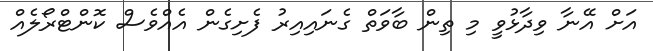
އަށް އޭނާ ވިދާޅުވީ މި ތިން ބާވަތް ގެނައިއިރު ފެށިގެން އެއްވެސް ކޮންޓްރޯލެއް